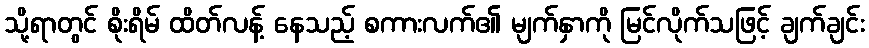
သို့ရာတွင် စိုးရိမ် ထိတ်လန့် နေသည့် စကားလက်၏ မျက်နှာကို မြင်လိုက်သဖြင့် ချက်ချင်း